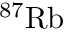
^ { 8 7 } \mathrm { R b }